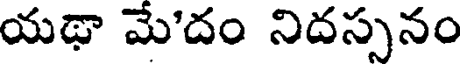
యథా మే'దం నిదస్సనం